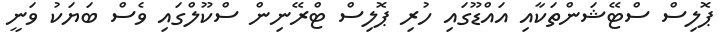
ޕޮލިސް ސްޓޭޝަންތަކާއި އައްޑޫގައި ހުރި ޕޮލިސް ޓްރޭނިން ސްކޫލްގައި ވެސް ބަޔަކު ވަނީ